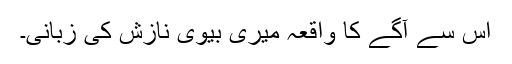
اس سے آگے کا واقعہ میری بیوی نازش کی زبانی۔